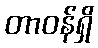
တာဝန်ရှိ